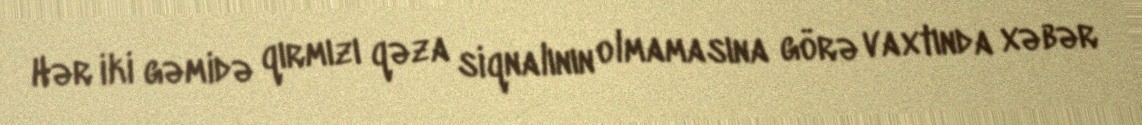
Hər iki gəmidə qırmızı qəza siqnalının olmamasına görə vaxtında xəbər